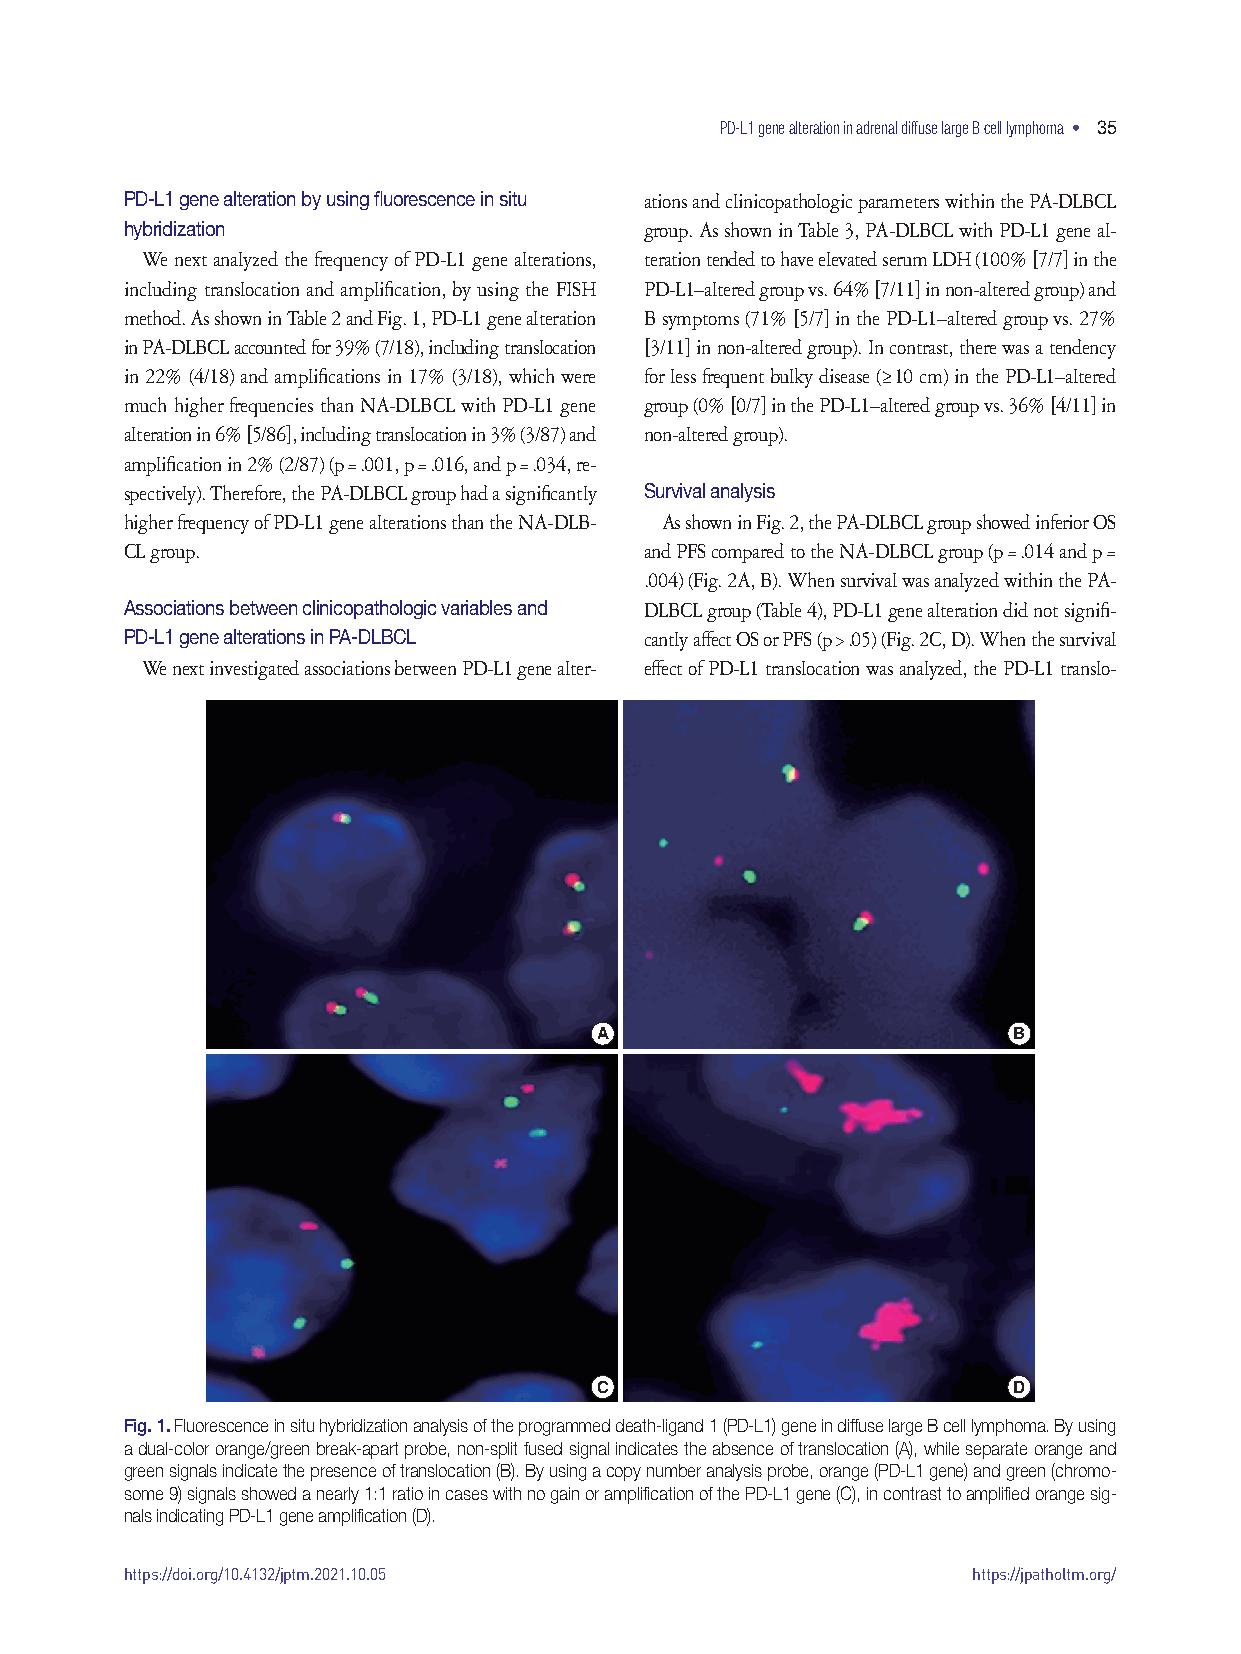
PD-L1 gene alteration in adrenal diffuse large B cell lymphoma • 35
 PD-L1 gene alteration by using fluorescence in situ ations and clinicopathologic parameters within the PA-DLBCL
 hybridization                      group. As shown in Table 3, PA-DLBCL with PD-L1 gene al-
 We next analyzed the frequency of PD-L1 gene alterations, teration tended to have elevated serum LDH (100% [7/7] in the
 including translocation and amplification, by using the FISH PD-L1–altered group vs. 64% [7/11] in non-altered group) and
 method. As shown in Table 2 and Fig. 1, PD-L1 gene alteration B symptoms (71% [5/7] in the PD-L1–altered group vs. 27%
 in PA-DLBCL accounted for 39% (7/18), including translocation [3/11] in non-altered group). In contrast, there was a tendency
 in 22% (4/18) and amplifications in 17% (3/18), which were for less frequent bulky disease (≥ 10 cm) in the PD-L1–altered
 much higher frequencies than NA-DLBCL with PD-L1 gene group (0% [0/7] in the PD-L1–altered group vs. 36% [4/11] in
 alteration in 6% [5/86], including translocation in 3% (3/87) and non-altered group).
 amplification in 2% (2/87) (p = .001, p = .016, and p = .034, re-
 spectively). Therefore, the PA-DLBCL group had a significantly Survival analysis
 higher frequency of PD-L1 gene alterations than the NA-DLB- As shown in Fig. 2, the PA-DLBCL group showed inferior OS
 CL group.                          and PFS compared to the NA-DLBCL group (p = .014 and p =
 .004) (Fig. 2A, B). When survival was analyzed within the PA-
 Associations between clinicopathologic variables and DLBCL group (Table 4), PD-L1 gene alteration did not signifi-
 PD-L1 gene alterations in PA-DLBCL cantly affect OS or PFS (p > .05) (Fig. 2C, D). When the survival
 We next investigated associations between PD-L1 gene alter- effect of PD-L1 translocation was analyzed, the PD-L1 translo-
 A                           B
 C                           D
 Fig. 1. Fluorescence in situ hybridization analysis of the programmed death-ligand 1 (PD-L1) gene in diffuse large B cell lymphoma. By using
 a dual-color orange/green break-apart probe, non-split fused signal indicates the absence of translocation (A), while separate orange and
 green signals indicate the presence of translocation (B). By using a copy number analysis probe, orange (PD-L1 gene) and green (chromo-
 some 9) signals showed a nearly 1:1 ratio in cases with no gain or amplification of the PD-L1 gene (C), in contrast to amplified orange sig-
 nals indicating PD-L1 gene amplification (D).
 https://doi.org/10.4132/jptm.2021.10.05                 https://jpatholtm.org/